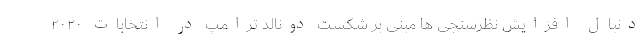
دنبال افزایش نظرسنجی ها مبنی بر شکست دونالد ترامپ در انتخابات ۲۰۲۰